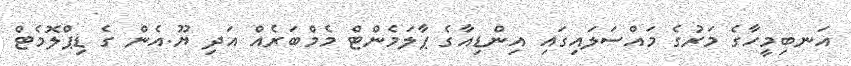
އަނބިމީހާގެ މަރުގެ މައްސަލައިގައި އިންޑިއާގެ ޕާލަމެންޓް މެމްބަރެއް އަދި ޔޫ.އެން ގެ ޑިޕްލޮމެޓް